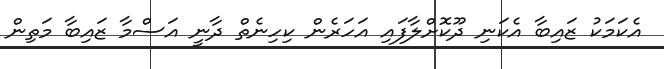
އެކަމަކު ޒައިބާ އެކަނި ދޫކޮށްލާފައި އަހަރެން ކިހިނެތް ދާނީ އަސްމާ ޒައިބާ މަތިން